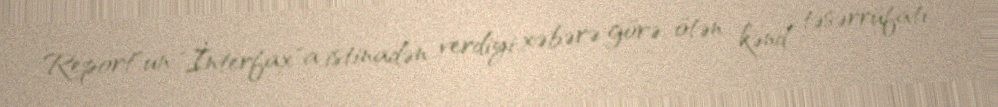
Report"un "İnterfax"a istinadən verdiyi xəbərə görə, ötən kənd təsərrüfatı